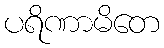
ပရိဏာမိတေ